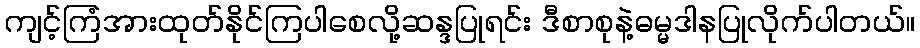
ကျင့်ကြံအားထုတ်နိုင်ကြပါစေလို့ဆန္ဒပြုရင်း ဒီစာစုနဲ့ဓမ္မဒါနပြုလိုက်ပါတယ်။